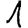
Digit: 1